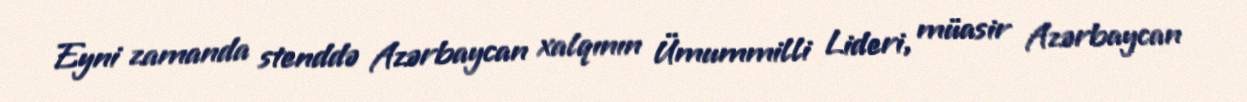
Eyni zamanda stenddə Azərbaycan xalqının Ümummilli Lideri, müasir Azərbaycan